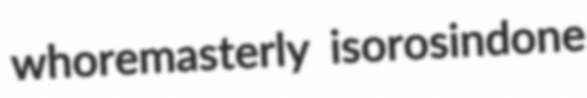
whoremasterly isorosindone